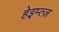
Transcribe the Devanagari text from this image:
हेइम्त्ज़